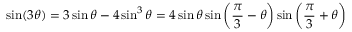
\sin ( 3 \theta ) = 3 \sin \theta - 4 \sin ^ { 3 } \theta = 4 \sin \theta \sin \left( { \frac { \pi } { 3 } } - \theta \right) \sin \left( { \frac { \pi } { 3 } } + \theta \right)